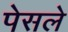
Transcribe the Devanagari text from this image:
पेसले